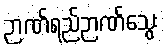
ဉာဏ်ရည်ဉာဏ်သွေး